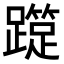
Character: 𨆑